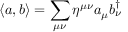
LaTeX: \displaystyle \langle a , b \rangle = \sum _ { \mu \nu } \eta ^ { \mu \nu } a _ { \mu } b _ { \nu } ^ { \dagger }